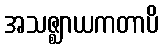
အသဇ္ဈာယကတာပိ